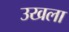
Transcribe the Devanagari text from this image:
उखला